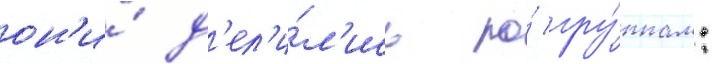
он'и́ д'ел'и́л'ись по́ гру́ппам: